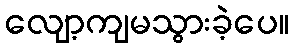
လျော့ကျမသွားခဲ့ပေ။